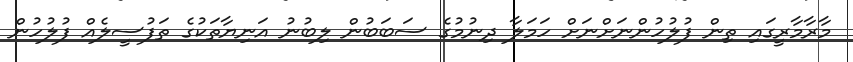
މާރާމާރީގައި ތިން ފުލުހުންނަށްނަށް ހަމަލާ ދިނުމުގެ ސަބަބުން ލިބުނު އަނިޔާތަކުގެ ތަފުސީލެއް ފުލުހުން